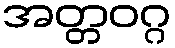
အတ္တဝဂ္ဂ